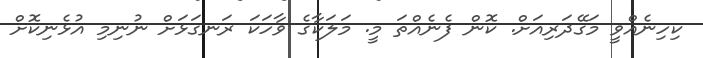
ކިހިނެއްވީ މަގޭދަރިއަށް. ކޮން ފެނެއްތަ މީ. މަލަކާގެ ވާހަކަ ރަނގަޅަށް ނުނިމި އުޅެނިކޮށް